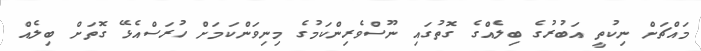
މައްޗަށް ނިކުތީ އަބުރުގެ ބިލެއްގެ ގޮތުގައި ނޫސްވެރިންކަމުގެ މިނިވަންކަމަށް ހުރަސްއެޅޭ ގޮތަށް ބިލެއް